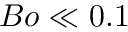
B o \ll 0 . 1